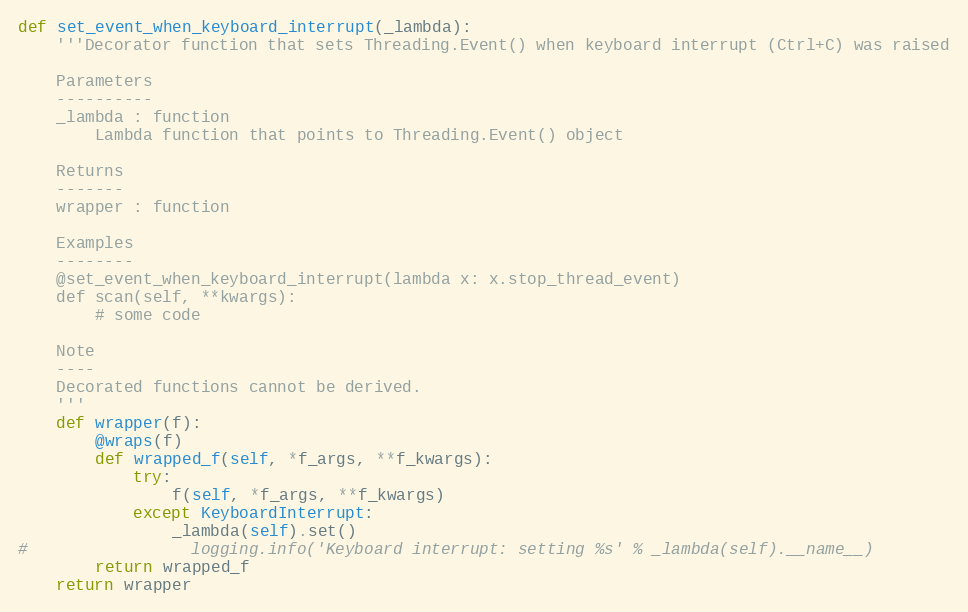
Language: Python
def set_event_when_keyboard_interrupt(_lambda):
    '''Decorator function that sets Threading.Event() when keyboard interrupt (Ctrl+C) was raised

    Parameters
    ----------
    _lambda : function
        Lambda function that points to Threading.Event() object

    Returns
    -------
    wrapper : function

    Examples
    --------
    @set_event_when_keyboard_interrupt(lambda x: x.stop_thread_event)
    def scan(self, **kwargs):
        # some code

    Note
    ----
    Decorated functions cannot be derived.
    '''
    def wrapper(f):
        @wraps(f)
        def wrapped_f(self, *f_args, **f_kwargs):
            try:
                f(self, *f_args, **f_kwargs)
            except KeyboardInterrupt:
                _lambda(self).set()
#                 logging.info('Keyboard interrupt: setting %s' % _lambda(self).__name__)
        return wrapped_f
    return wrapper